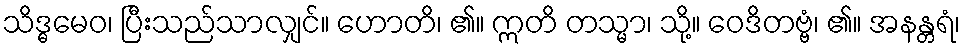
သိဒ္ဓမေဝ၊ ပြီးသည်သာလျှင်။ ဟောတိ၊ ၏။ ဣတိ တသ္မာ၊ သို့။ ဝေဒိတဗ္ဗံ၊ ၏။ အနန္တရံ၊